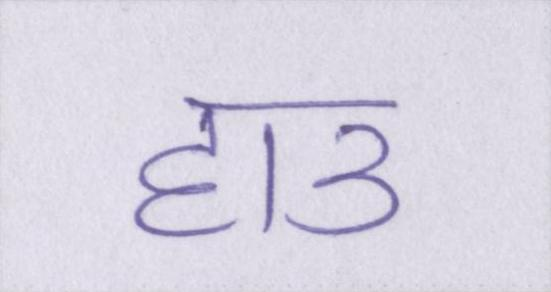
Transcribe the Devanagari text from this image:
हाउ